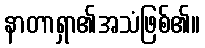
နာတာရှာ၏အသံဖြစ်၏။